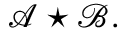
{ \mathcal { A } } \star { \mathcal { B } } .